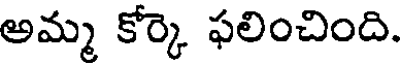
అమ్మ కోర్కె ఫలించింది.